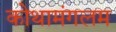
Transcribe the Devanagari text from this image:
कोथामंगलम